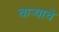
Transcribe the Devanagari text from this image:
चाऱ्याचे